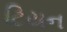
ટિયન